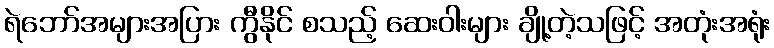
ရဲဘော်အများအပြား ကွီနိုင် စသည့် ဆေးဝါးများ ချို့တဲ့သဖြင့် အတုံးအရုံး